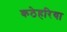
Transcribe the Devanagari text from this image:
कठेहरिया